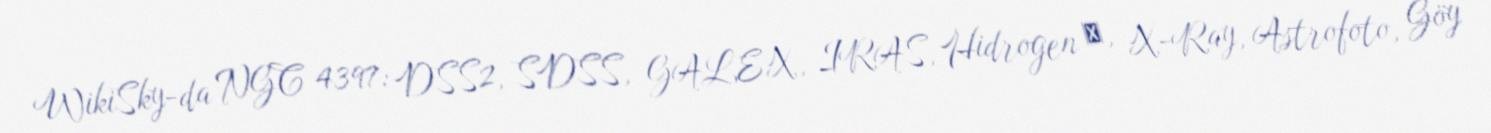
WikiSky-da NGC 4397: DSS2, SDSS, GALEX, IRAS, Hidrogen α, X-Ray, Astrofoto, Göy